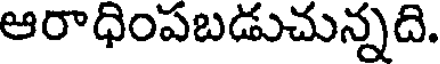
ఆరాధింపబడుచున్నది.